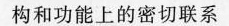
构和功能上的密切联系